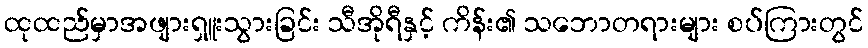
ထုထည်မှာအဖျားရှူးသွားခြင်း သီအိုရီနှင့် ကိန်း၏ သဘောတရားများ စပ်ကြားတွင်